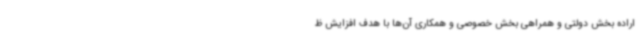
اراده بخش دولتی و همراهی بخش خصوصی و همکاری آن‌ها با هدف افزایش ظ